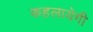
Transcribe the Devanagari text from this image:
कहलायेगी